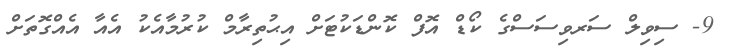
9- ސިވިލް ސަރވިސަސްގެ ކޯޑް އޮފް ކޮންޑަކުޓަށް އިޙުތިރާމް ކުރުމާއެކު އެއާ އެއްގޮތަށް